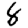
Digit: 8